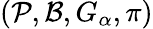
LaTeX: (\mathcal{P},\mathcal{B},G_{\alpha},\pi)